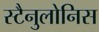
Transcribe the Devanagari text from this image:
स्टैनुलोनिस